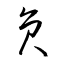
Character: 員